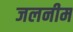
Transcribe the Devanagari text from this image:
जलनीम